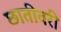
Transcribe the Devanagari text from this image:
छातीवरी